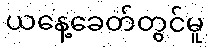
ယနေ့ခေတ်တွင်မူ